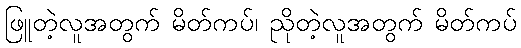
ဖြူတဲ့လူအတွက် မိတ်ကပ်၊ ညိုတဲ့လူအတွက် မိတ်ကပ်